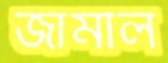
জামীল